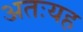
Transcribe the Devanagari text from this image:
अतःयह